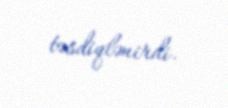
təsdiqlənirdi.